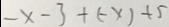
- x - 3 + ( - x ) + 5